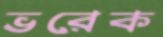
ভরেক